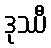
ဒုဿီ